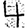
Digit: 4